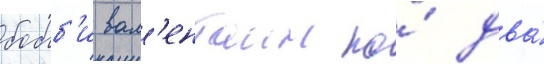
бобб'и вал'ентаин по́ два́